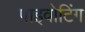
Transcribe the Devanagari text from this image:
पाइवोटिंग